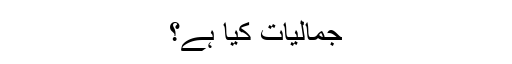
جمالیات کیا ہے؟